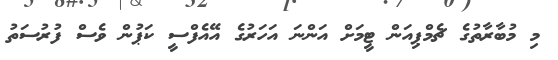
މި މުބާރާތުގެ ޗެމްޕިއަން ޓީމަށް އަންނަ އަހަރުގެ އޭއެފްސީ ކަޕުން ވެސް ފުރުސަތު